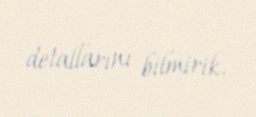
detallarını bilmirik.